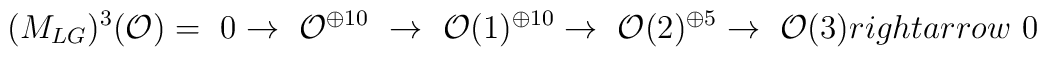
(M_{LG})^{3}({\cal{O}})=\ 0 \rightarrow\ {\cal{O}}^{\oplus 10}\ \rightarrow\ {\cal{O}}(1)^{\oplus 10}\rightarrow\ {\cal{O}}(2)^{\oplus 5}\rightarrow \ {\cal{O}}(3)\\rightarrow \ 0